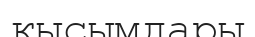
қысымдары